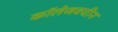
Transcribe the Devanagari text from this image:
कॉलेजवयीन